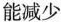
能减少